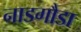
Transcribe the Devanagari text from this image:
नाडगौडा